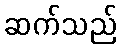
ဆက်သည်